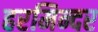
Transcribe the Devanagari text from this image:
हरमिन्दर